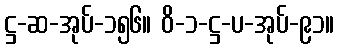
ဋ္ဌ-ဆ-အုပ်-၁၅၆။ ဝိ-၁-ဋ္ဌ-ပ-အုပ်-၉၁။